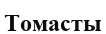
Томасты